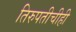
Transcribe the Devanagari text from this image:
तिरुपतीचीही